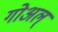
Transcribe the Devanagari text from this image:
गोअल्